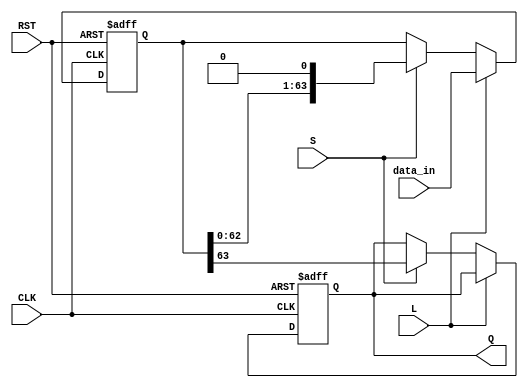
module PISO_Register (
    input wire [63:0] data_in,  // 64-bit input data
    input wire L,                // Load control signal
    input wire S,                // Shift control signal
    input wire CLK,              // Clock signal
    input wire RST,              // Reset signal
    output reg Q                 // Serial output
);

    reg [63:0] shift_reg;        // 64-bit shift register

    always @(posedge CLK or posedge RST) begin
        if (RST) begin
            shift_reg <= 64'b0;   // Clear the register on reset
            Q <= 1'b0;            // Set output to low
        end else begin
            if (L) begin
                shift_reg <= data_in; // Load data into the register
            end else if (S) begin
                Q <= shift_reg[63]; // Output the MSB
                shift_reg <= {shift_reg[62:0], 1'b0}; // Shift left
            end
        end
    end

endmodule